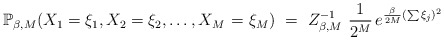
\begin{align*}\mathbb{P}_{\beta ,M}(X_{1}=\xi _{1},X_{2}=\xi _{2},\ldots ,X_{M\,}=\xi_{M})~=~ Z_{\beta ,M}^{-1}\,\,\frac{1}{2^{M}}\,e^{\frac{\beta }{2M}(\sum \xi _{j})^{2}}\end{align*}